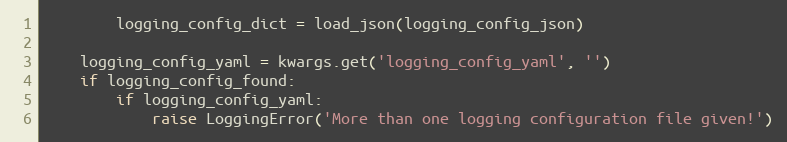
Language: Python
        logging_config_dict = load_json(logging_config_json)

    logging_config_yaml = kwargs.get('logging_config_yaml', '')
    if logging_config_found:
        if logging_config_yaml:
            raise LoggingError('More than one logging configuration file given!')